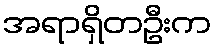
အရာရှိတဦးက